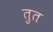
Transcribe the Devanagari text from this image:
तुत